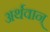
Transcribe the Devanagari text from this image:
अर्थवान्‌